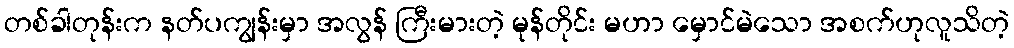
တစ်ခါတုန်းက နတ်ပကျွန်းမှာ အလွန် ကြီးမားတဲ့ မုန်တိုင်း မဟာ မှောင်မဲသော အစက်ဟုလူသိတဲ့